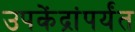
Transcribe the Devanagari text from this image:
उपकेंद्रांपर्यंत